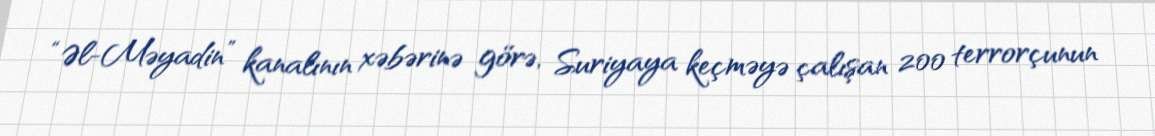
“Əl-Məyadin” kanalının xəbərinə görə, Suriyaya keçməyə çalışan 200 terrorçunun